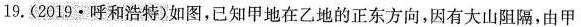
19.(2019·呼和浩特)如图，已知甲地在乙地的正东方向，因有大山阻隔，由甲